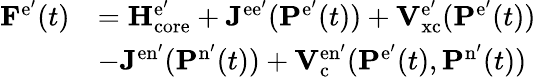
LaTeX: \begin{array}{rl}{\mathbf{F}^{\mathrm{e}^{\prime}}(t)}&{=\mathbf{H}_{\mathrm{core}}^{\mathrm{e}^{\prime}}+\mathbf{J}^{\mathrm{ee}^{\prime}}(\mathbf{P}^{\mathrm{e}^{\prime}}(t))+\mathbf{V}_{\mathrm{xc}}^{\mathrm{e}^{\prime}}(\mathbf{P}^{\mathrm{e}^{\prime}}(t))}\\ &{-\mathbf{J}^{\mathrm{en}^{\prime}}(\mathbf{P}^{\mathrm{n}^{\prime}}(t))+\mathbf{V}_{\mathrm{c}}^{\mathrm{en}^{\prime}}(\mathbf{P}^{\mathrm{e}^{\prime}}(t),\mathbf{P}^{\mathrm{n}^{\prime}}(t))}\end{array}